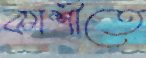
কাশীতে